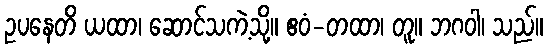
ဥပနေတိ ယထာ၊ ဆောင်သကဲ့သို့။ ဧဝံ-တထာ၊ တူ။ ဘဂဝါ၊ သည်။